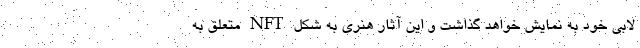
لابی خود به نمایش خواهد گذاشت و این آثار هنری به شکل NFT متعلق به